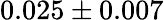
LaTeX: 0.025\pm 0.007